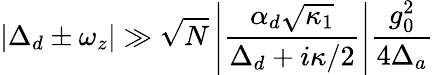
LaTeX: |\Delta_{d}\pm\omega_{z}|\gg\sqrt{N}\left|\frac{\alpha_{d}\sqrt{\kappa_{1}}}{\Delta_{d}+i\kappa/2}\right|\frac{g_{0}^{2}}{4\Delta_{a}}